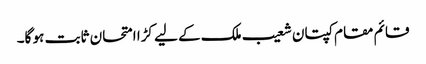
قائم مقام کپتان شعیب ملک کے لیے کڑا امتحان ثابت ہو گا۔